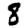
Digit: 8